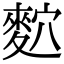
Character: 䴳